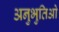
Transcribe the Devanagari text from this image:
अनुभुतिओ